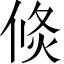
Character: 倐